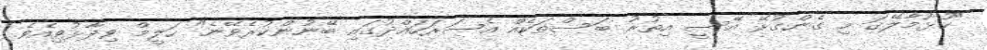
"ހުޅުމާލޭގަ މި ގެންގުޅޭ އޭސީ އިތުރު ބަސްތަކެއް އެސަރަހައްދުގައި ބޭނުންކުރެވޭނެ" ހަލީމް ވިދާޅުވިއެވެ.